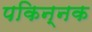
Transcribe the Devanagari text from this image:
पकिन्नक